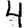
Digit: 4